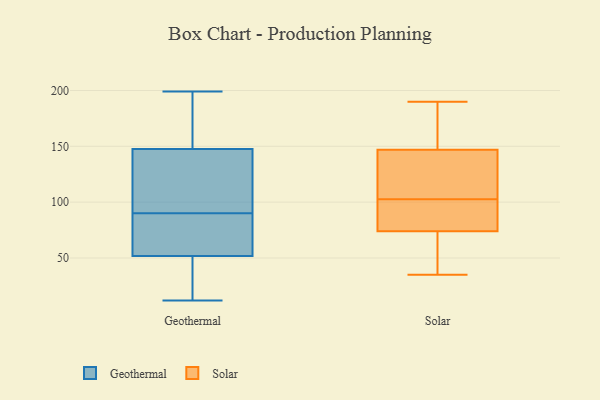
{"axis": {"x": "Active Users", "y": "Value"}, "legend": ["Geothermal", "Solar"], "data": [{"x": "", "y": 90, "type": "Geothermal"}, {"x": "", "y": 168, "type": "Geothermal"}, {"x": "", "y": 74, "type": "Geothermal"}, {"x": "", "y": 107, "type": "Geothermal"}, {"x": "", "y": 18, "type": "Geothermal"}, {"x": "", "y": 51, "type": "Geothermal"}, {"x": "", "y": 54, "type": "Geothermal"}, {"x": "", "y": 137, "type": "Geothermal"}, {"x": "", "y": 84, "type": "Geothermal"}, {"x": "", "y": 50, "type": "Geothermal"}, {"x": "", "y": 151, "type": "Geothermal"}, {"x": "", "y": 12, "type": "Geothermal"}, {"x": "", "y": 160, "type": "Geothermal"}, {"x": "", "y": 129, "type": "Geothermal"}, {"x": "", "y": 199, "type": "Geothermal"}, {"x": "", "y": 176, "type": "Solar"}, {"x": "", "y": 159, "type": "Solar"}, {"x": "", "y": 190, "type": "Solar"}, {"x": "", "y": 118, "type": "Solar"}, {"x": "", "y": 74, "type": "Solar"}, {"x": "", "y": 61, "type": "Solar"}, {"x": "", "y": 137, "type": "Solar"}, {"x": "", "y": 147, "type": "Solar"}, {"x": "", "y": 68, "type": "Solar"}, {"x": "", "y": 77, "type": "Solar"}, {"x": "", "y": 126, "type": "Solar"}, {"x": "", "y": 87, "type": "Solar"}, {"x": "", "y": 79, "type": "Solar"}, {"x": "", "y": 35, "type": "Solar"}]}